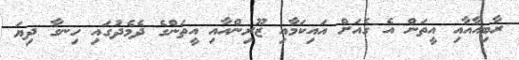
ރާބިއާއާއި އީތަން އެ ގެއަށް އައިކަމާއި ޒޫރިންއާއި އީތަންގެ ދެމެދުގައި ހިނގާ ދިޔަ